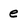
Character: e